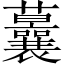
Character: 𱿉